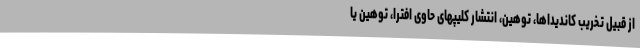
از قبیل تخریب کاندیداها، توهین، انتشار کلیپهای حاوی افترا، توهین یا